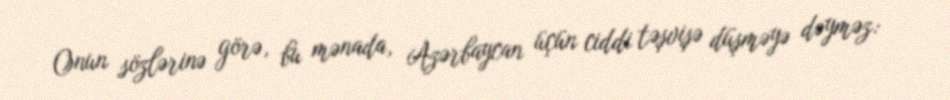
Onun sözlərinə görə, bu mənada, Azərbaycan üçün ciddi təşvişə düşməyə dəyməz: